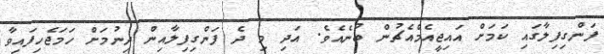
ފަންގިފިލާގައި ކަމަށް އައިޖީއެމްއެޗުން ބުނެއެވެ. އަދި މި ދެ ފަންގިފިލާއިން ދިނުމަށް ހަމަޖެހިފައިވާ